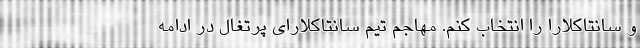
و سانتاکلارا را انتخاب کنم. مهاجم تیم سانتاکلارای پرتغال در ادامه